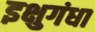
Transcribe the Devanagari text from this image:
इक्षुगंधा